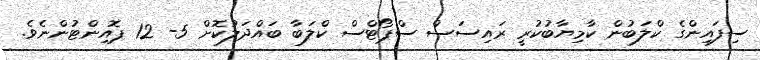
ސިފައިންގެ ކްލަބުން ކާމިޔާބުކުރީ ރައިސަސް ސްޕޯޓްސް ކްލަބާ ބައްދަލުކޮށް 5- 12 ޕޮއިންޓުންނެވެ.